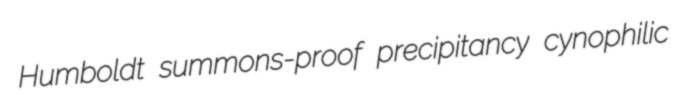
Humboldt summons-proof precipitancy cynophilic